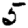
Digit: 5